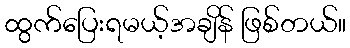
ထွက်ပြေးရမယ့်အချိန် ဖြစ်တယ်။